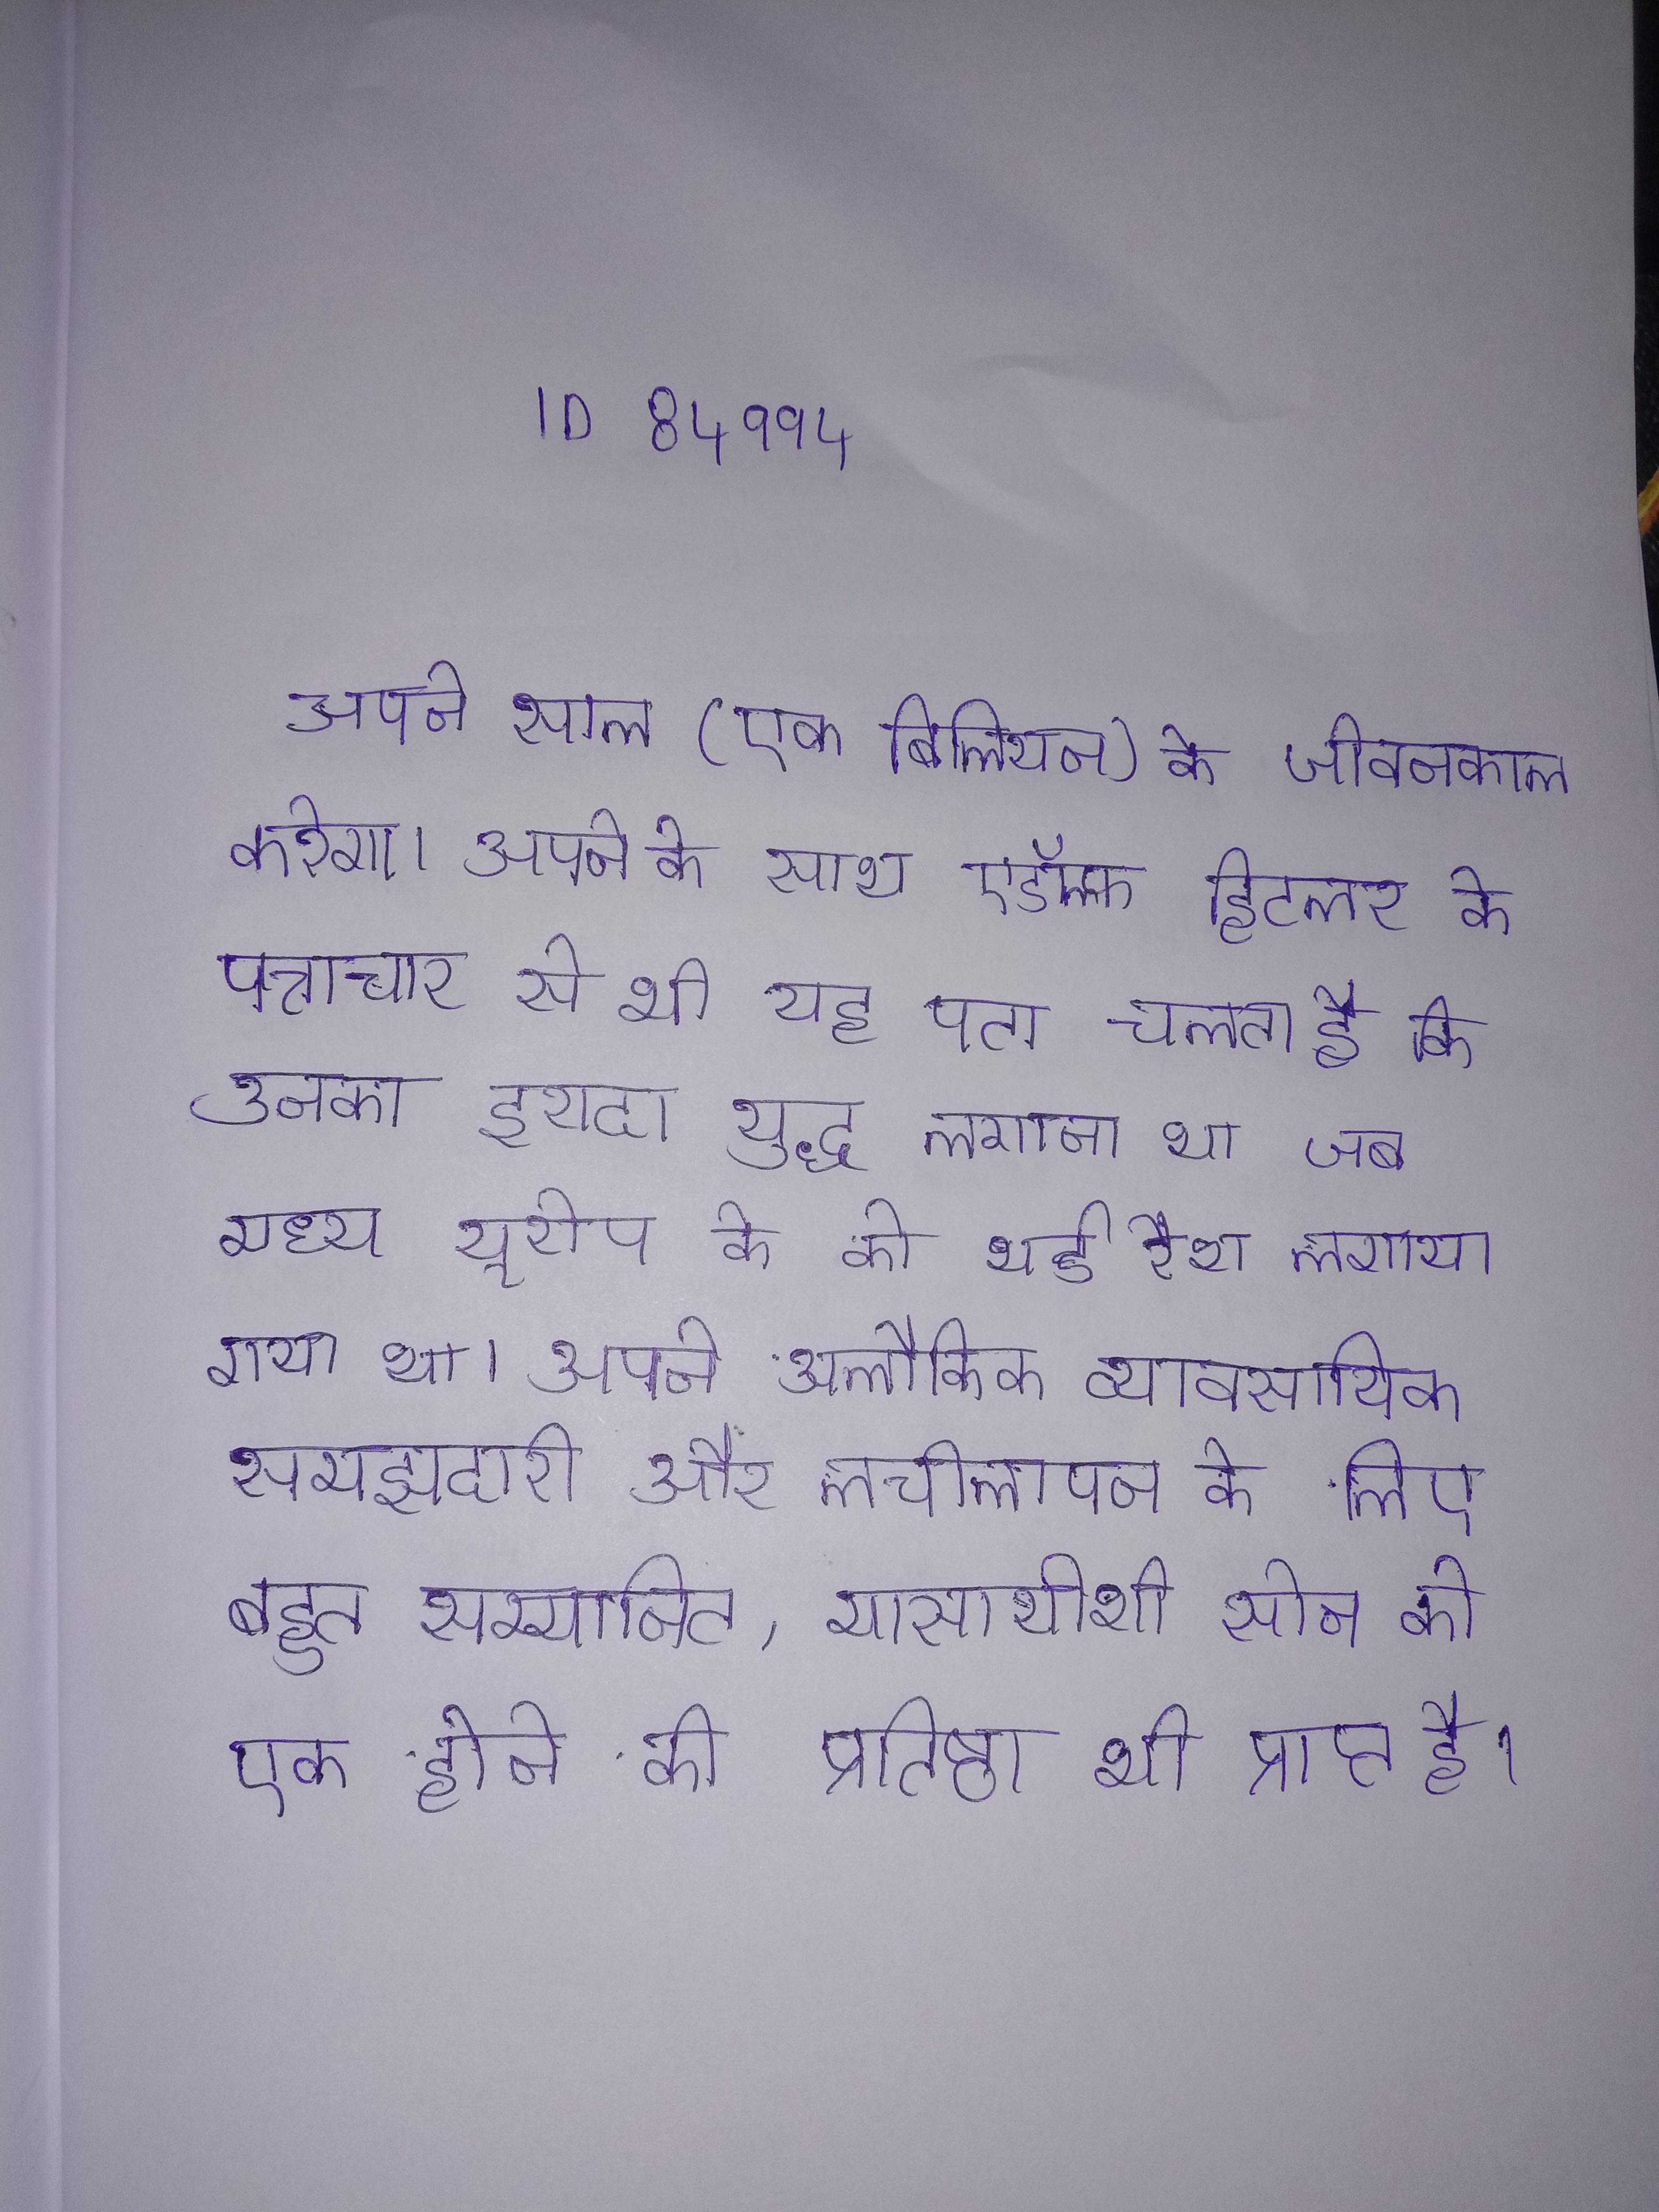
अपने साल(एक बिलियन) के जीवनकाल करेगा । अपने के साथ एडॉल्फ हिटलर के पत्राचार से भी यह पता चलता है कि उनका इरादा युद्ध लगाना था जब मध्य यूरोप के को थर्ड रैश लगाया गया था । अपने अलौकिक व्यावसायिक समझदारी और लचीलापन के लिए बहुत सम्मानित, मासायोशी सोन को एक होने की प्रतिष्ठा भी प्राप्त है ।